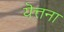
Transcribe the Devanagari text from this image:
यॆत्तना